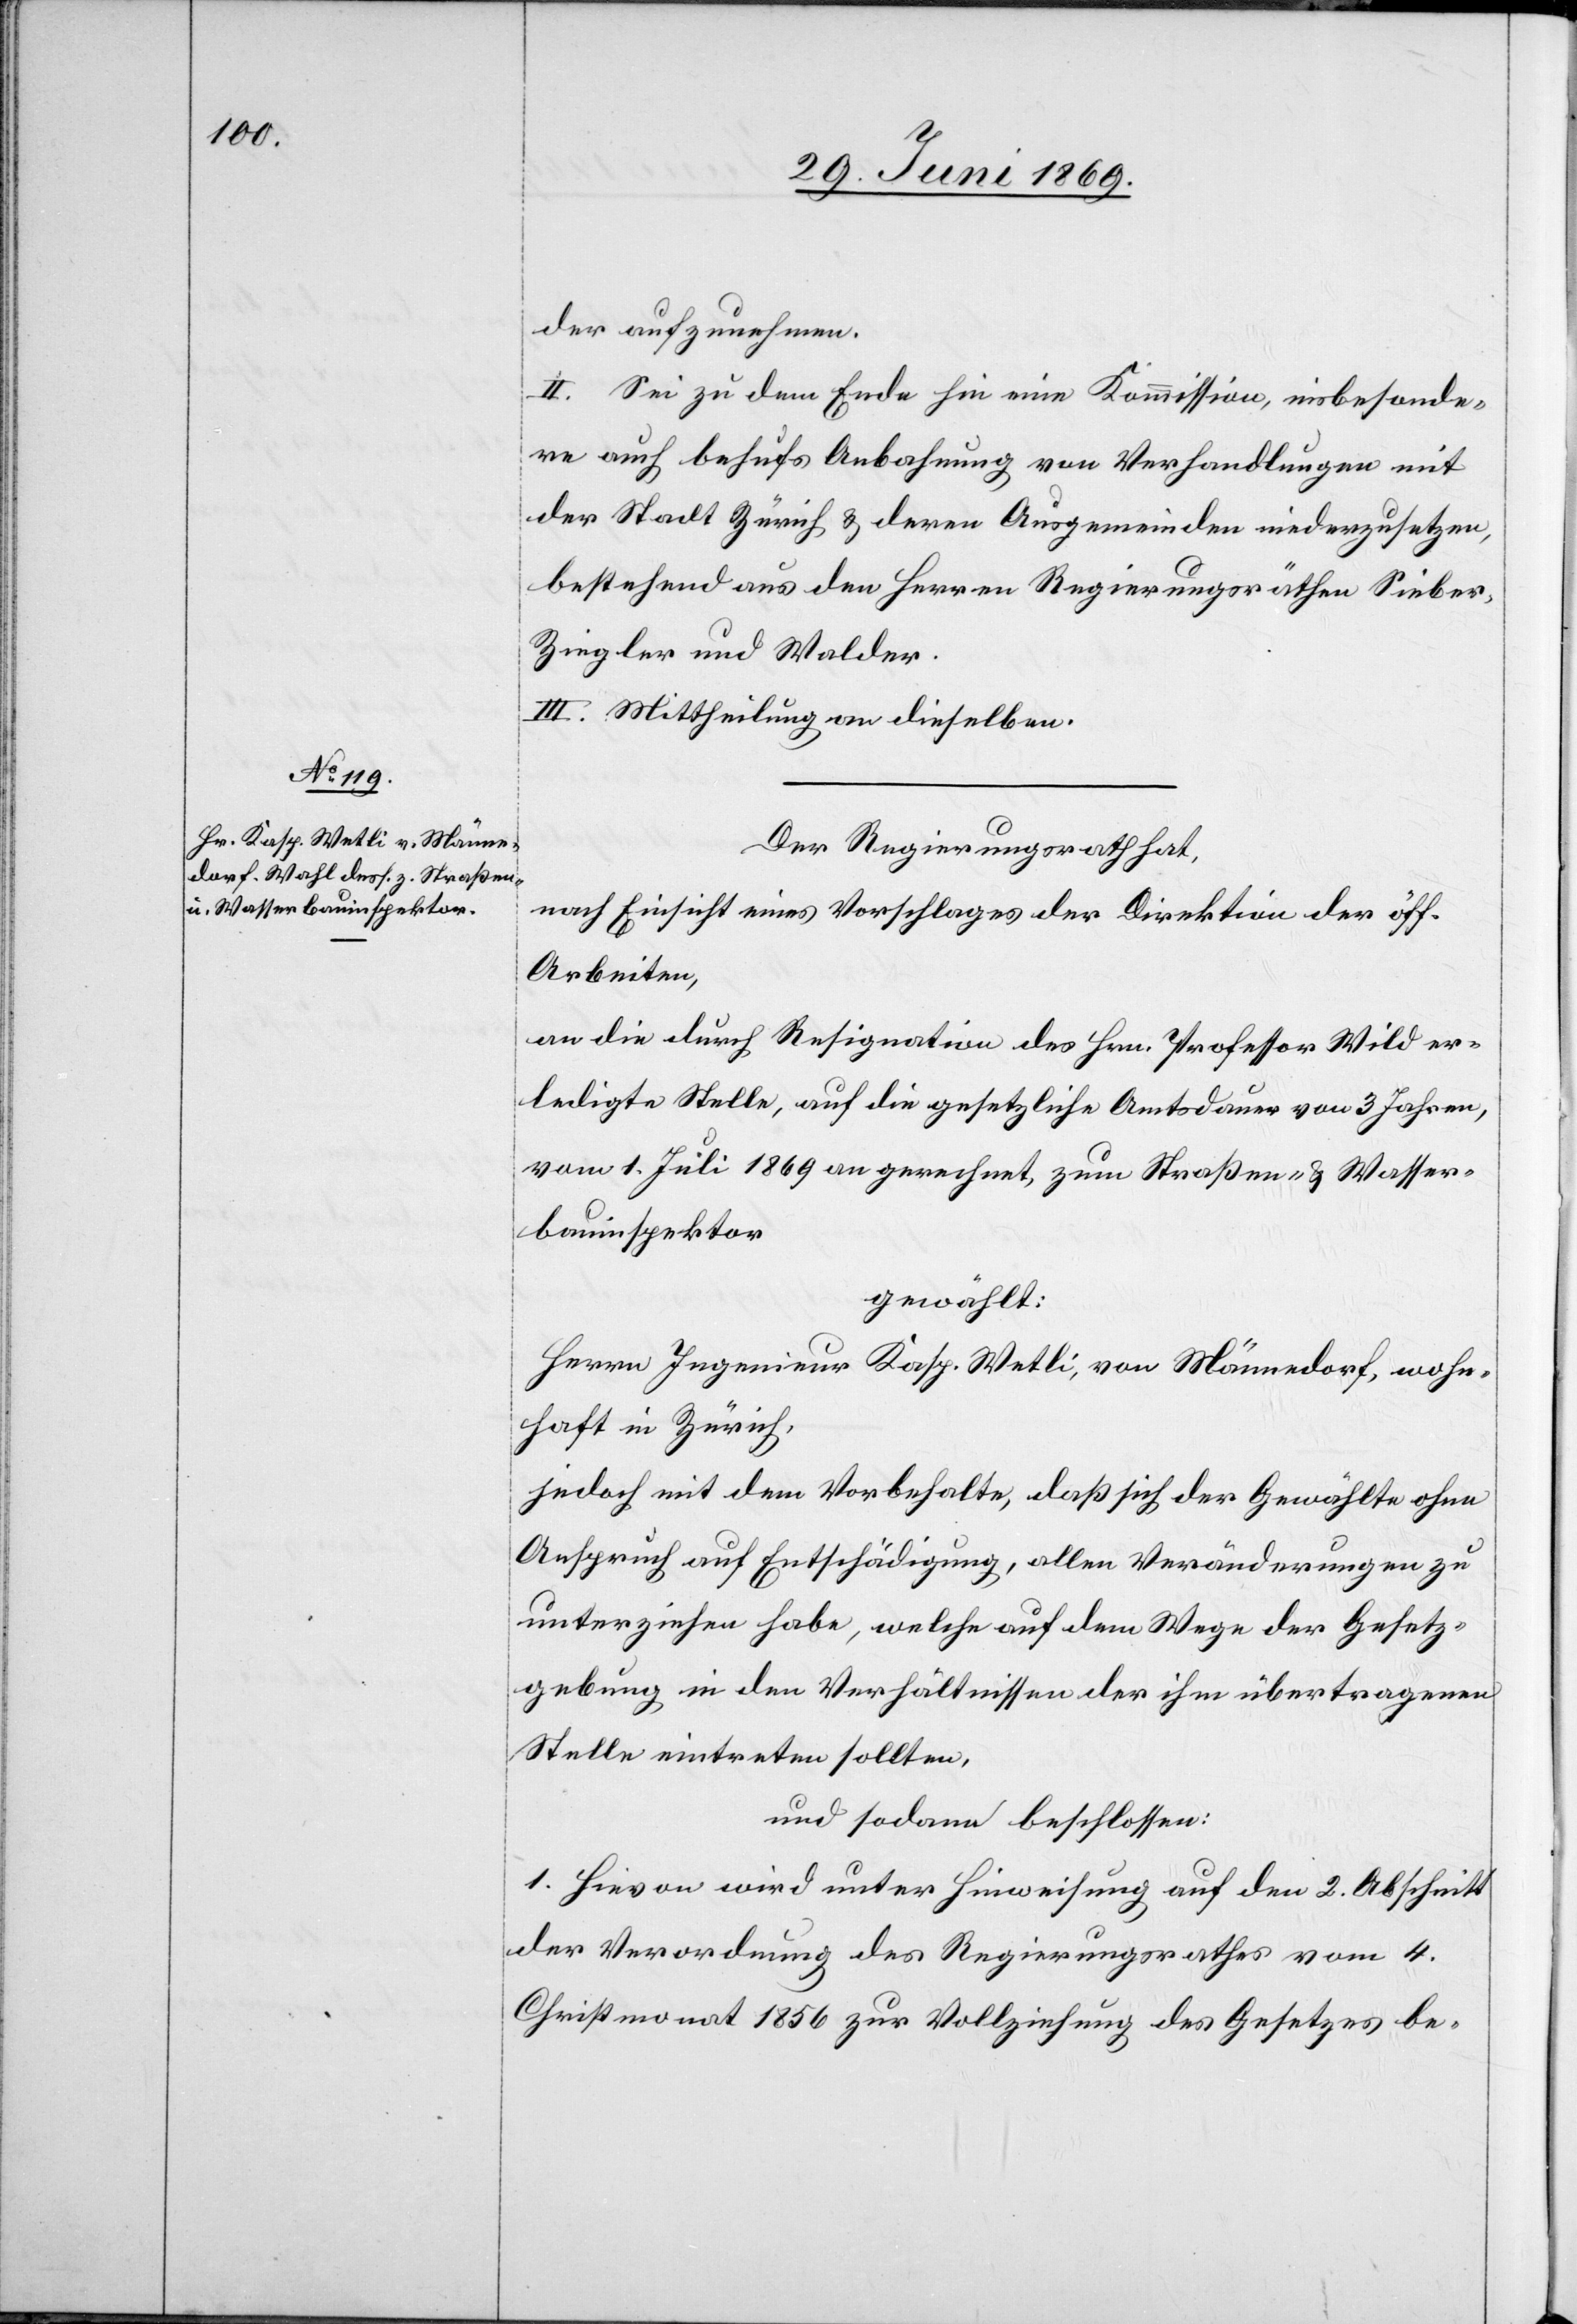
der aufzunehmen.
II. Sei zu dem Ende hin eine Kommission, insbesonde¬
re auch behufs Anbahnung von Verhandlungen mit
der Stadt Zürich u. deren Ausgemeinden niederzusetzen,
bestehend aus den Herren Regierungsräthen Sieber,
Ziegler und Walder.
III. Mittheilung an dieselben.
Der Regierungsrath hat,
nach Einsicht eines Vorschlages der Direktion der öff.
Arbeiten,
an die durch Resignation des Hrn. Professor Wild er¬
ledigte Stelle, auf die gesetzliche Amtsdauer von 3 Jahren,
vom 1. Juli 1869 an gerechnet, zum Straßen- u. Wasser¬
bauinspektor,
gewählt:
Herrn Ingenieur Kasp. Weltli, von Männedorf, wohn¬
haft in Zürich,
jedoch mit dem Vorbehalte, daß sich der Gewählte ohne
Anspruch auf Entschädigung, allen Veränderungen zu
unterziehen habe, welche auf dem Wege der Gesetz¬
gebung in den Verhältnissen der ihm übertragenen
Stelle eintreten sollten,
und sodann beschlossen:
1. Hievon wird unter Hinweisung auf den 2. Abschnitt
der Verordnung des Regierungsrathes vom 4.
Christmonat 1856 zur Vollziehung des Gesetzes be-